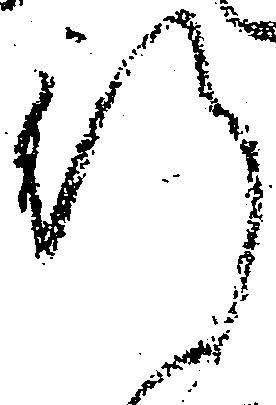
行